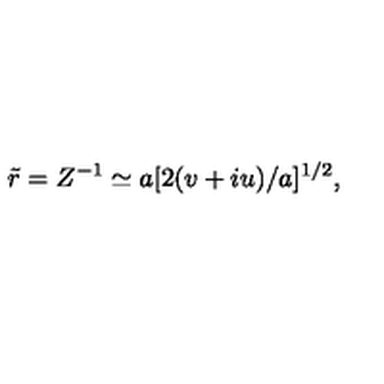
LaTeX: \tilde { r } = Z ^ { - 1 } \simeq a [ 2 ( v + i u ) / a ] ^ { 1 / 2 } ,